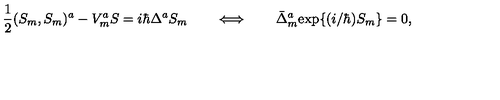
\mathrm { \frac { 1 } { 2 } } ( S _ { m } , S _ { m } ) ^ { a } - V _ { m } ^ { a } S = i \hbar \Delta ^ { a } S _ { m } \qquad \Longleftrightarrow \qquad \bar { \Delta } _ { m } ^ { a } \mathrm { e x p } \{ ( i / \hbar ) S _ { m } \} = 0 ,